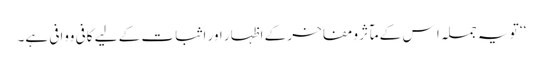
‘‘ تو یہ جملہ ا س کے مآثر ومفاخر کے اظہار اور اثبات کے لیے کافی ووافی ہے۔